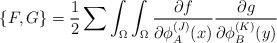
LaTeX: \begin{align*}\{ F,G \} ={1\over 2}\sum \int_{\Omega}\int_{\Omega}{{\partial f} \over{\partial\phi_A^{(J)}(x)}} {{\partial g} \over{\partial\phi_B^{(K)}(y)}}\end{align*}